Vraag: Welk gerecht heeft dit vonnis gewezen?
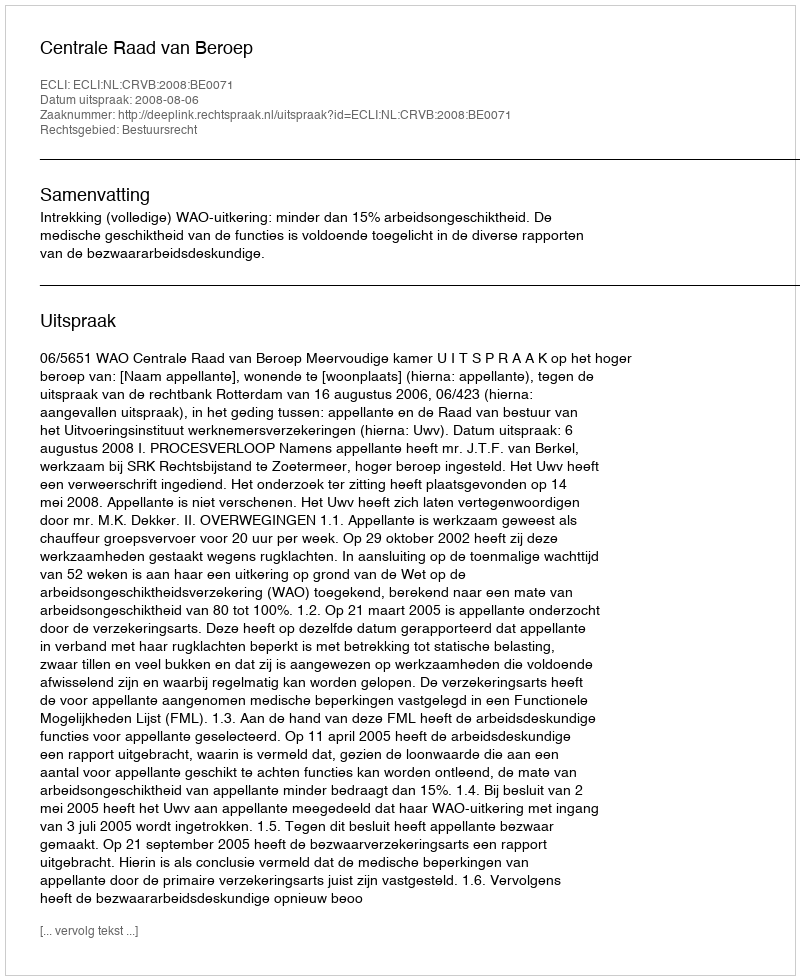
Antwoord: Centrale Raad van Beroep